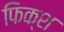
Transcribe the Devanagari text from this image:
फिक्श